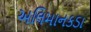
અલિમાનકડા